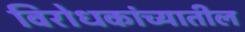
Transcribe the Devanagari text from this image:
विरोधकांच्यातील